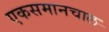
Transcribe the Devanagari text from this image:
एकसमानचाल